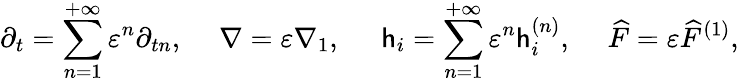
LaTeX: {\partial_{t}}=\sum_{n=1}^{+\infty}{{\varepsilon^{n}}{\partial_{tn}},}\; \; \; \; \; \nabla=\varepsilon{\nabla_{1}},\; \; \; \; \; {\mathsf{h}_{i}}=\sum_{n=1}^{+\infty}{{\varepsilon^{n}}\mathsf{h}_{i}^{\left(n\right)},}\; \; \; \; \; \widehat{F}=\varepsilon{\widehat{F}^{\left(1\right)}},